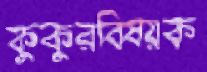
কুকুরবিষয়ক